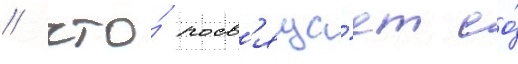
/ что́ посв'яща́ет ео́